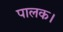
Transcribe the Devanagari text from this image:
पालक।